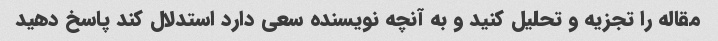
مقاله را تجزیه و تحلیل کنید و به آنچه نویسنده سعی دارد استدلال کند پاسخ دهید